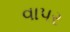
વાપર